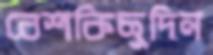
বেশকিছুদিন